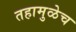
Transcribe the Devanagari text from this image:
तहामुळेच